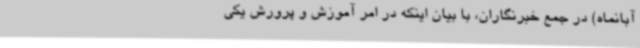
آبانماه) در جمع خبرنگاران، با بیان اینکه در امر آموزش و پرورش یکی